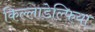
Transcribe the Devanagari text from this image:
किल्लाडेल्फिया